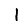
Digit: 1